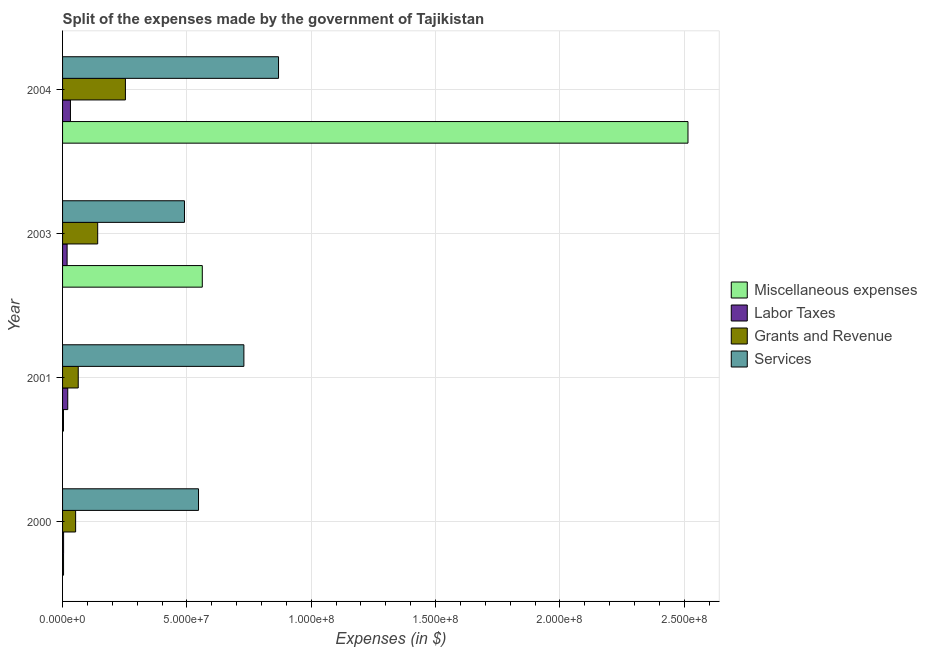
| Year | Miscellaneous expenses | Labor Taxes | Grants and Revenue | Services |
 | --- | --- | --- | --- | --- |
 | 2000 | 3.95e+05 | 4.11e+05 | 5.25e+06 | 5.47e+07 |
 | 2001 | 3.7e+05 | 2.09e+06 | 6.3e+06 | 7.29e+07 |
 | 2003 | 5.62e+07 | 1.83e+06 | 1.41e+07 | 4.9e+07 |
 | 2004 | 2.51e+08 | 3.17e+06 | 2.53e+07 | 8.68e+07 |